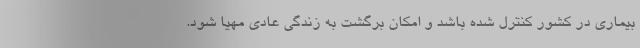
بیماری در کشور کنترل شده باشد و امکان برگشت به زندگی عادی مهیا شود.